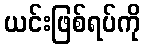
ယင်းဖြစ်ရပ်ကို